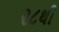
૨૮થી